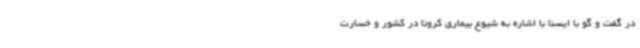
در گفت و گو با ایسنا با اشاره به شیوع بیماری کرونا در کشور و خسارت